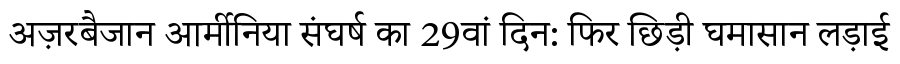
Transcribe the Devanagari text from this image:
अज़रबैजान आर्मीनिया संघर्ष का 29वां दिन: फिर छिड़ी घमासान लड़ाई